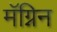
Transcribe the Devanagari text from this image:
मॅग्निन